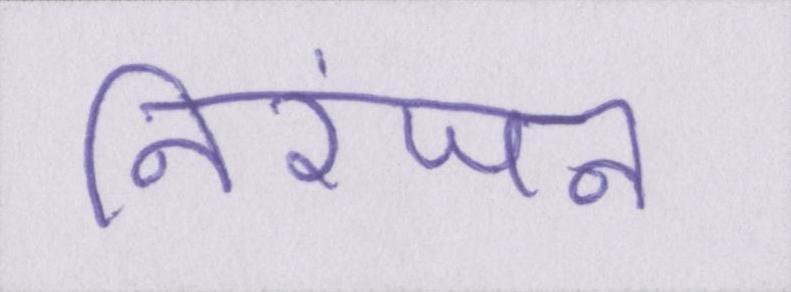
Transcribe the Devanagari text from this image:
निरंजन